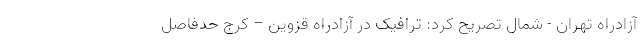
آزادراه تهران - شمال تصریح کرد: ترافیک در آزادراه قزوین – کرج حدفاصل